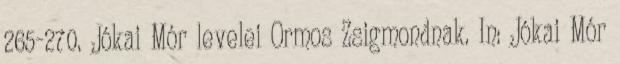
265-270. Jókai Mór levelei Ormos Zsigmondnak. In: Jókai Mór